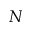
N